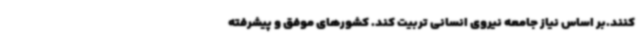
کنند.بر اساس نیاز جامعه نیروی انسانی تربیت کند. کشورهای موفق و پیشرفته